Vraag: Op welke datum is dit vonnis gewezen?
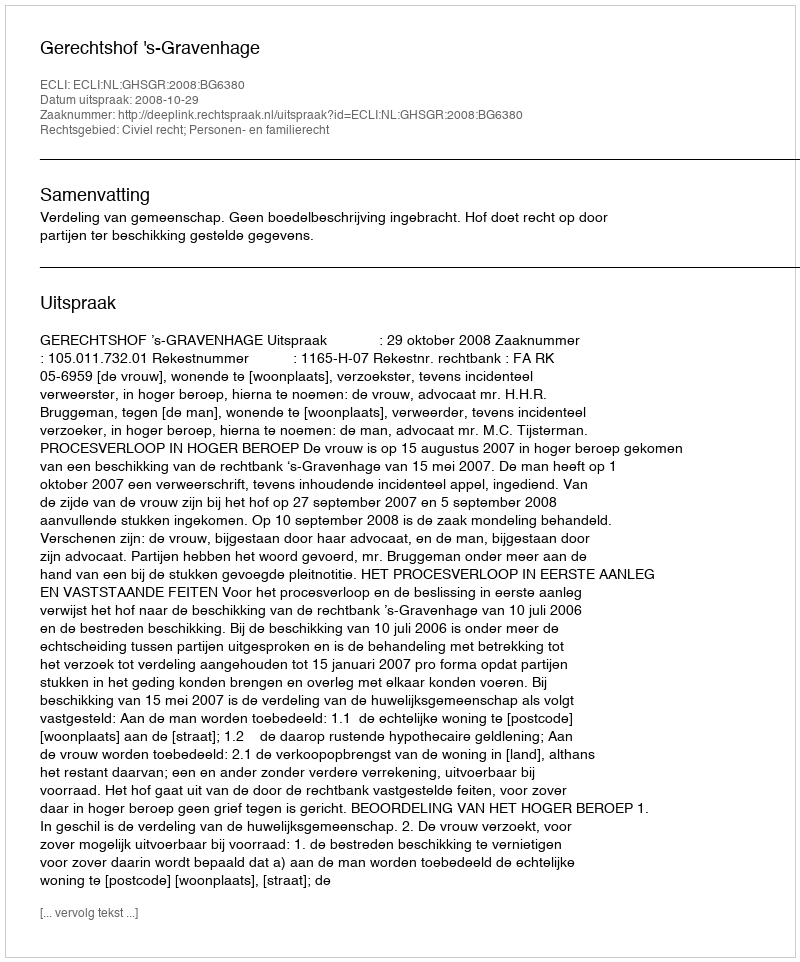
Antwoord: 2008-10-29